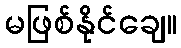
မဖြစ်နိုင်ချေ။